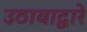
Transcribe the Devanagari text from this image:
उठावाद्वारे